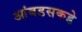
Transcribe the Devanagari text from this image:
आंबडसकडे